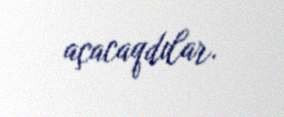
açacaqdılar.